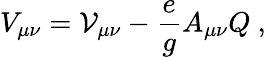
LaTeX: V_{\mu\nu}={\cal V}_{\mu\nu}-\frac{e}{g}A_{\mu\nu}Q~,